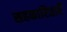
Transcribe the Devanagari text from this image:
सहकारिताएँ